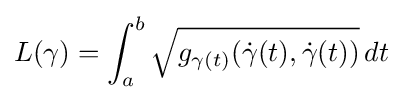
L(\gamma )=\int _{a}^{b}{\sqrt {g_{\gamma (t)}({\dot {\gamma }}(t),{\dot {\gamma }}(t))}}\,dt